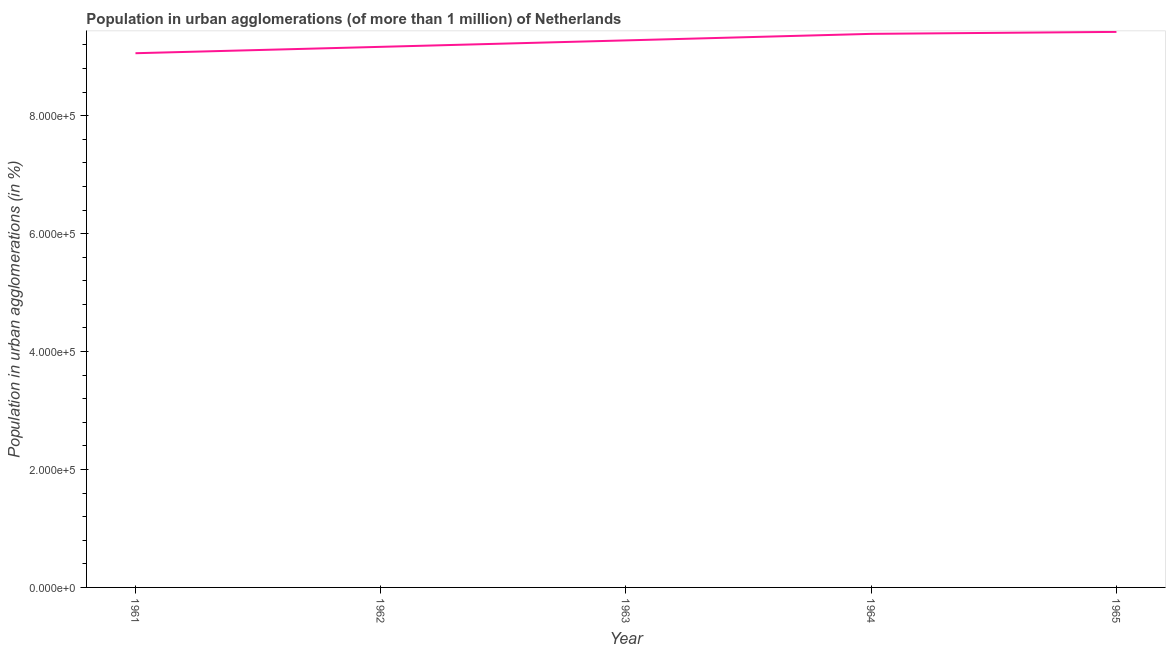
| Year | Population in urban agglomerations |
 | --- | --- |
 | 1961 | 9.06e+05 |
 | 1962 | 9.17e+05 |
 | 1963 | 9.28e+05 |
 | 1964 | 9.39e+05 |
 | 1965 | 9.42e+05 |